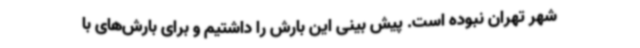
شهر تهران نبوده است. پیش بینی این بارش را داشتیم و برای بارش‌های با